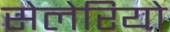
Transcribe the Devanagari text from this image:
सेलेरियो